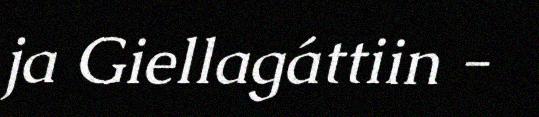
ja Giellagáttiin -